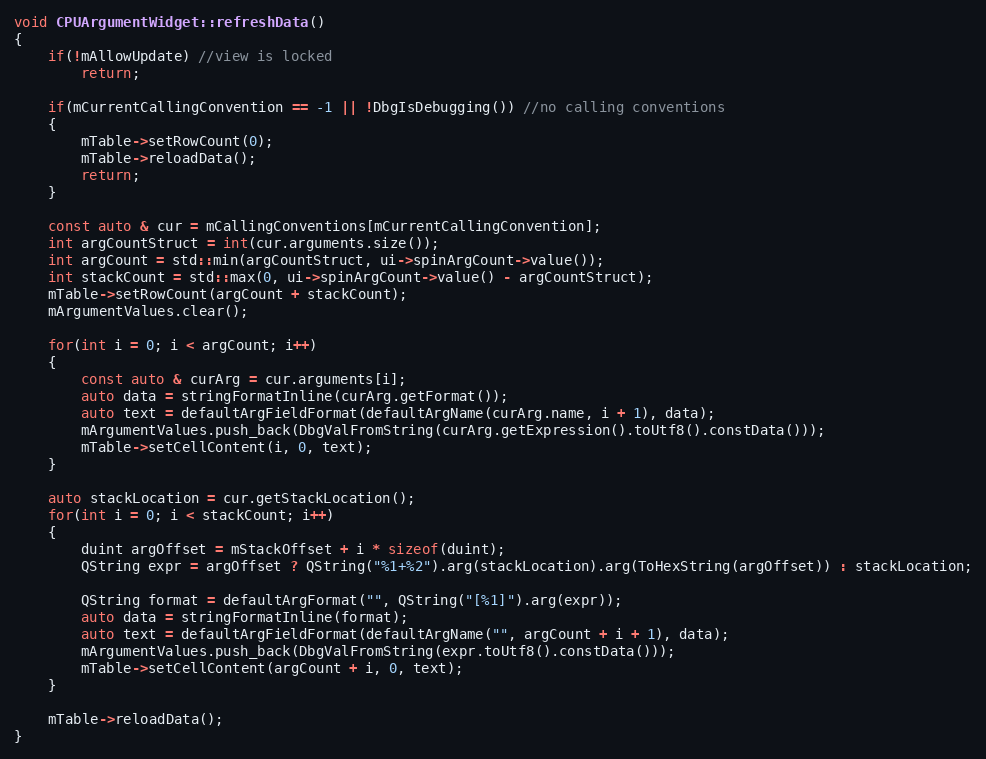
Language: C++
void CPUArgumentWidget::refreshData()
{
    if(!mAllowUpdate) //view is locked
        return;

    if(mCurrentCallingConvention == -1 || !DbgIsDebugging()) //no calling conventions
    {
        mTable->setRowCount(0);
        mTable->reloadData();
        return;
    }

    const auto & cur = mCallingConventions[mCurrentCallingConvention];
    int argCountStruct = int(cur.arguments.size());
    int argCount = std::min(argCountStruct, ui->spinArgCount->value());
    int stackCount = std::max(0, ui->spinArgCount->value() - argCountStruct);
    mTable->setRowCount(argCount + stackCount);
    mArgumentValues.clear();

    for(int i = 0; i < argCount; i++)
    {
        const auto & curArg = cur.arguments[i];
        auto data = stringFormatInline(curArg.getFormat());
        auto text = defaultArgFieldFormat(defaultArgName(curArg.name, i + 1), data);
        mArgumentValues.push_back(DbgValFromString(curArg.getExpression().toUtf8().constData()));
        mTable->setCellContent(i, 0, text);
    }

    auto stackLocation = cur.getStackLocation();
    for(int i = 0; i < stackCount; i++)
    {
        duint argOffset = mStackOffset + i * sizeof(duint);
        QString expr = argOffset ? QString("%1+%2").arg(stackLocation).arg(ToHexString(argOffset)) : stackLocation;

        QString format = defaultArgFormat("", QString("[%1]").arg(expr));
        auto data = stringFormatInline(format);
        auto text = defaultArgFieldFormat(defaultArgName("", argCount + i + 1), data);
        mArgumentValues.push_back(DbgValFromString(expr.toUtf8().constData()));
        mTable->setCellContent(argCount + i, 0, text);
    }

    mTable->reloadData();
}